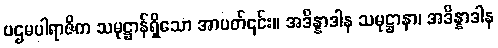
ပဌမပါရာဇိက သမုဋ္ဌာန်ရှိသော အာပတ်၎င်း။ အဒိန္နာဒါန သမုဋ္ဌာနာ၊ အဒိန္နာဒါန